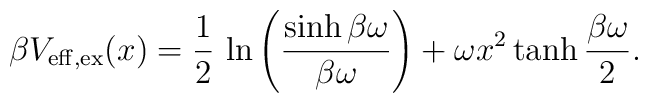
\beta V_{\rm eff,ex}(x)=\frac{1}{2}\,\ln\left(\frac{\sinh\beta\omega}{\beta\omega}\right)+\omega x^2\tanh\frac{\beta\omega}{2}.